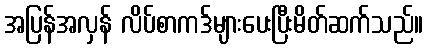
အပြန်အလှန် လိပ်စာကဒ်များပေးပြီးမိတ်ဆက်သည်။